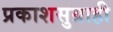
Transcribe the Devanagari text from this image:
प्रकाशसुग्राही